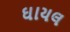
ઘાયલ